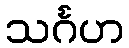
သင်္ဂဟ